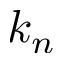
k _ { n }